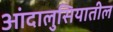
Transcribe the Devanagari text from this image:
आंदालुसियातील